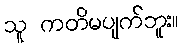
သူ ကတိမပျက်ဘူး။